Elephants and their diseases
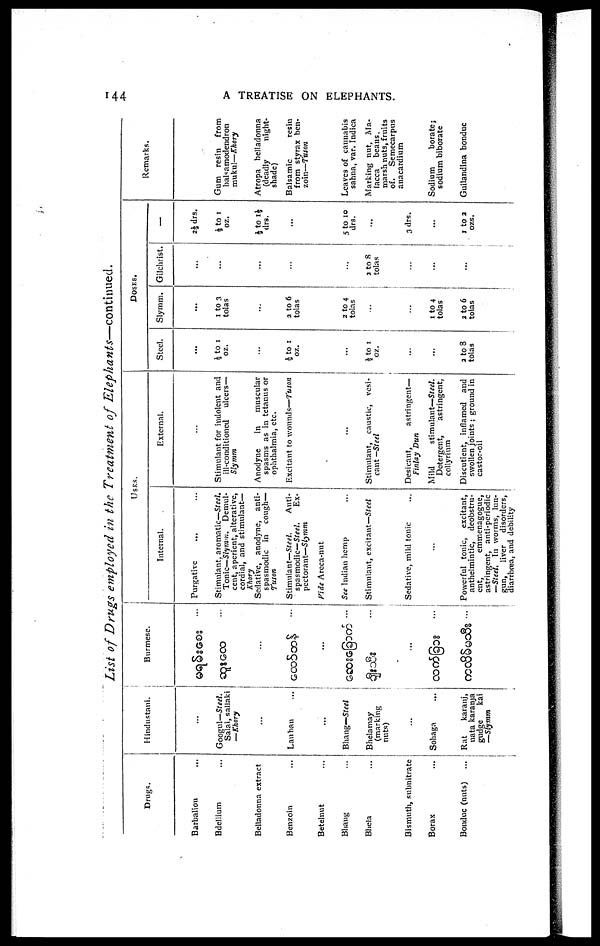
144
A
TREATISE ON ELEPHANTS.
List of Drugs employed in the Treatment of
Elephants—continued.
Drugs.
Barbalion
Bdellium
Belladonna extract
Benzoin
Betelnut
Bhang
Bhela
Bismuth, snbnitrate
Borax
Bonduc (nuts)
Hindustani.
Googul—Steel.
Salai, sallaki
—Khory
Lauban
Bhang—Steel
Bhelamay
(marking
nuts)
Sohaga
Rat
karanj,
uata karanja
gndge
kai
—Slymm
Burmese.
...
USES.
Internal.
Purgative
Stimulant, aromatic—Steel.
Tonic—Slymm. Demul¬
cent, aperient, alterative,
cordial, and stimulant—
Khory
Sedative, anodyne, anti¬
spasmodic in
cough—
Tuson
Stimulant—Steel.
Anti¬
spasmodic— Steel.
Ex¬
pectorant—Slymm
Vide Areca-nut
See Indian hemp
...
Stimulant, excitant—Steel
Sedative, mild tonic
Powerful tonic, excitant,
anthelmintic, deobstru¬
ent,
emmenagogue,
astringent, anti-periodic
—Steel. In worms, lun¬
gun,
liver
disorders,
diarrhoea, and debility
External.
Stimulant for indolent and
ill-conditioned
ulcers—
Slymm
Anodyne
in
muscular
spasms as in tetanus or
ophthalmia, etc.
Excitant to wounds—Tuson
Stimulant, caustic, vesi-
cant —Steel
Desicant,
astringent—
Finlay Dun
Mild
stimulant—Steel.
Detergent,
astringent,
collyrium
Discutient, inflamed
and
swollen joints ; ground in
castor-oil
DOSES.
Steel.
½ to 1
oz.
½to 1
toz.
½to 1
oz.
2 to 8
tolas
Slymm.
1 to 3
tolas
2 to 6
tolas
2 to 4
tolas
...
1 to 4
tolas
2 to 6
tolas
Gilchrist.
2 to 8
tolas
—
2½ drs.
½ to 1
oz.
½ to 1½
drs.
5 to 10
drs.
3 drs.
1 to 2
ozs.
Remarks.
Gum resin
from
balsamodendron
mukul—Khory
Atropa belladonna
(deadly
night¬
shade)
Balsamic
resin
from styrax ben¬
zoin—Tuson
Leaves of cannabis
sahna, var. Indica
Marking nut, Ma¬
lacca
beans,
marsh nuts, fruits
of.
Semecarpns
anacardium
Sodium
borate;
sodium biborate
Guilandina bonduc